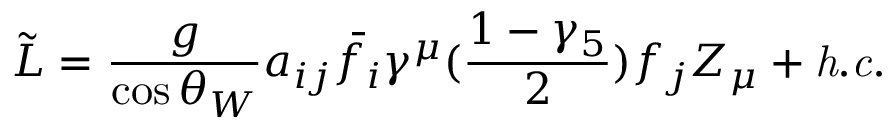
\tilde { \cal L } = \frac { g } { \cos \theta _ { W } } a _ { i j } \bar { f _ { i } } \gamma ^ { \mu } ( \frac { 1 - \gamma _ { 5 } } { 2 } ) f _ { j } Z _ { \mu } + { \it h . c . } \,